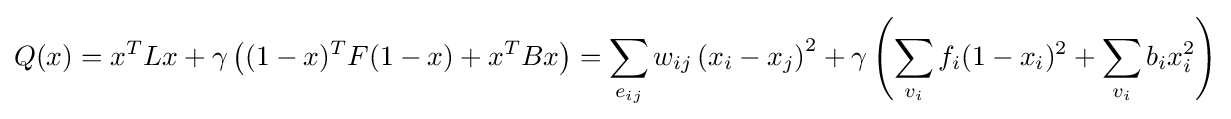
Q(x)=x^{T}Lx+\gamma \left((1-x)^{T}F(1-x)+x^{T}Bx\right)=\sum _{e_{ij}}w_{ij}\left(x_{i}-x_{j}\right)^{2}+\gamma \left(\sum _{v_{i}}f_{i}(1-x_{i})^{2}+\sum _{v_{i}}b_{i}x_{i}^{2}\right)